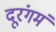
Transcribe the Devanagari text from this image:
दूरंगमं